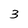
Character: 3